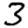
Digit: 3